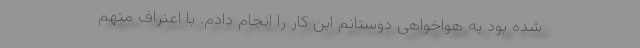
شده بود به هواخواهی دوستانم این کار را انجام دادم. با اعتراف متهم